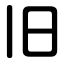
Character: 旧